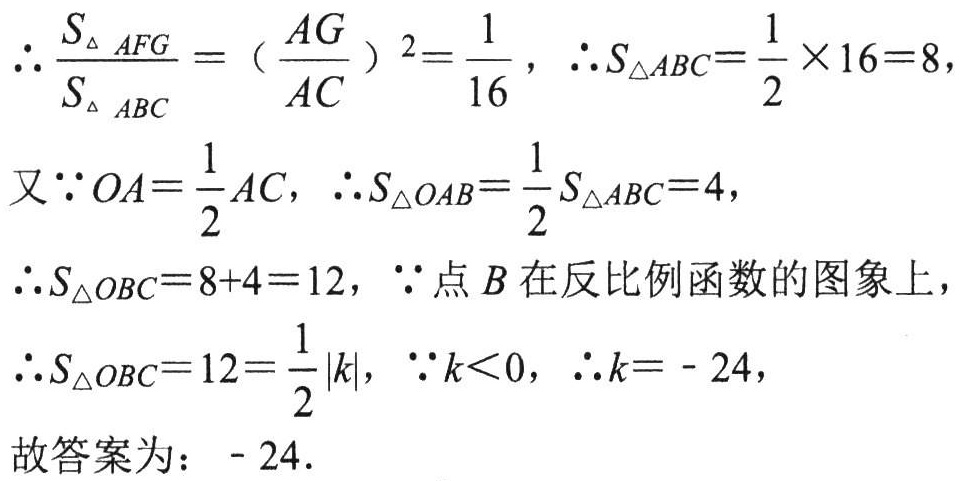
\[\begin{align*}
&\therefore\frac{S_{\triangle AFG}}{S_{\triangle ABC}} = \left(\frac{AG}{AC}\right)^2=\frac{1}{16},\ \therefore S_{\triangle ABC}=\frac{1}{2}\times16 = 8,\\
&又\because OA=\frac{1}{2}AC,\ \therefore S_{\triangle OAB}=\frac{1}{2}S_{\triangle ABC}=4,\\
&\therefore S_{\triangle OBC}=8 + 4=12,\ \because点B在反比例函数的图象上,\\
&\therefore S_{\triangle OBC}=12=\frac{1}{2}|k|,\ \because k\lt0,\ \therefore k=- 24,
\end{align*}\]
故答案为：\(-24\).